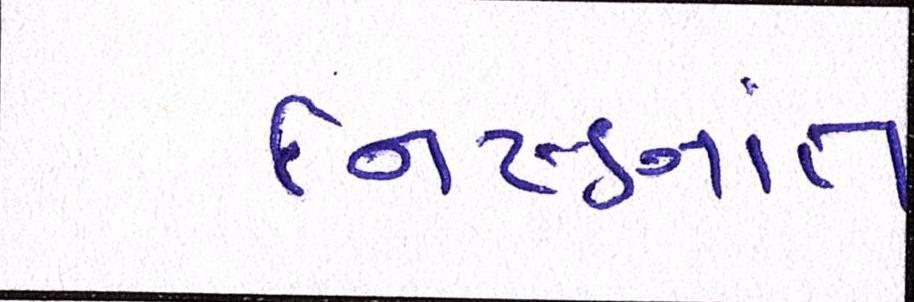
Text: નિષ્ણાંત